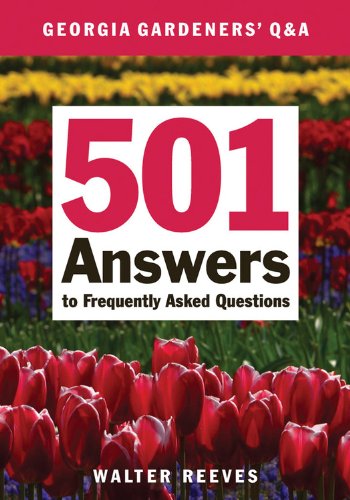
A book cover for Georgia Gardeners Q & A: 501 Answers to Frequently Asked Questions; Walter Reeves; Crafts, Hobbies & Home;